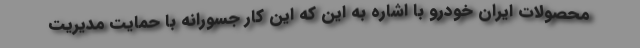
محصولات ایران خودرو با اشاره به این که این کار جسورانه با حمایت مدیریت